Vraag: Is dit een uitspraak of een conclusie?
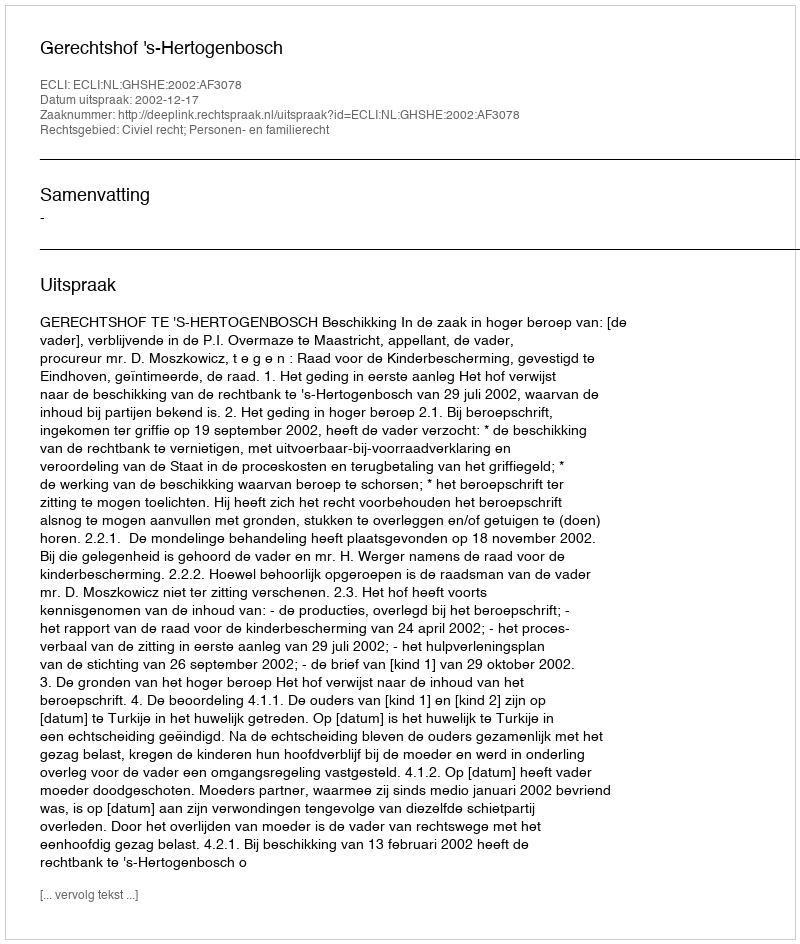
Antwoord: Uitspraak